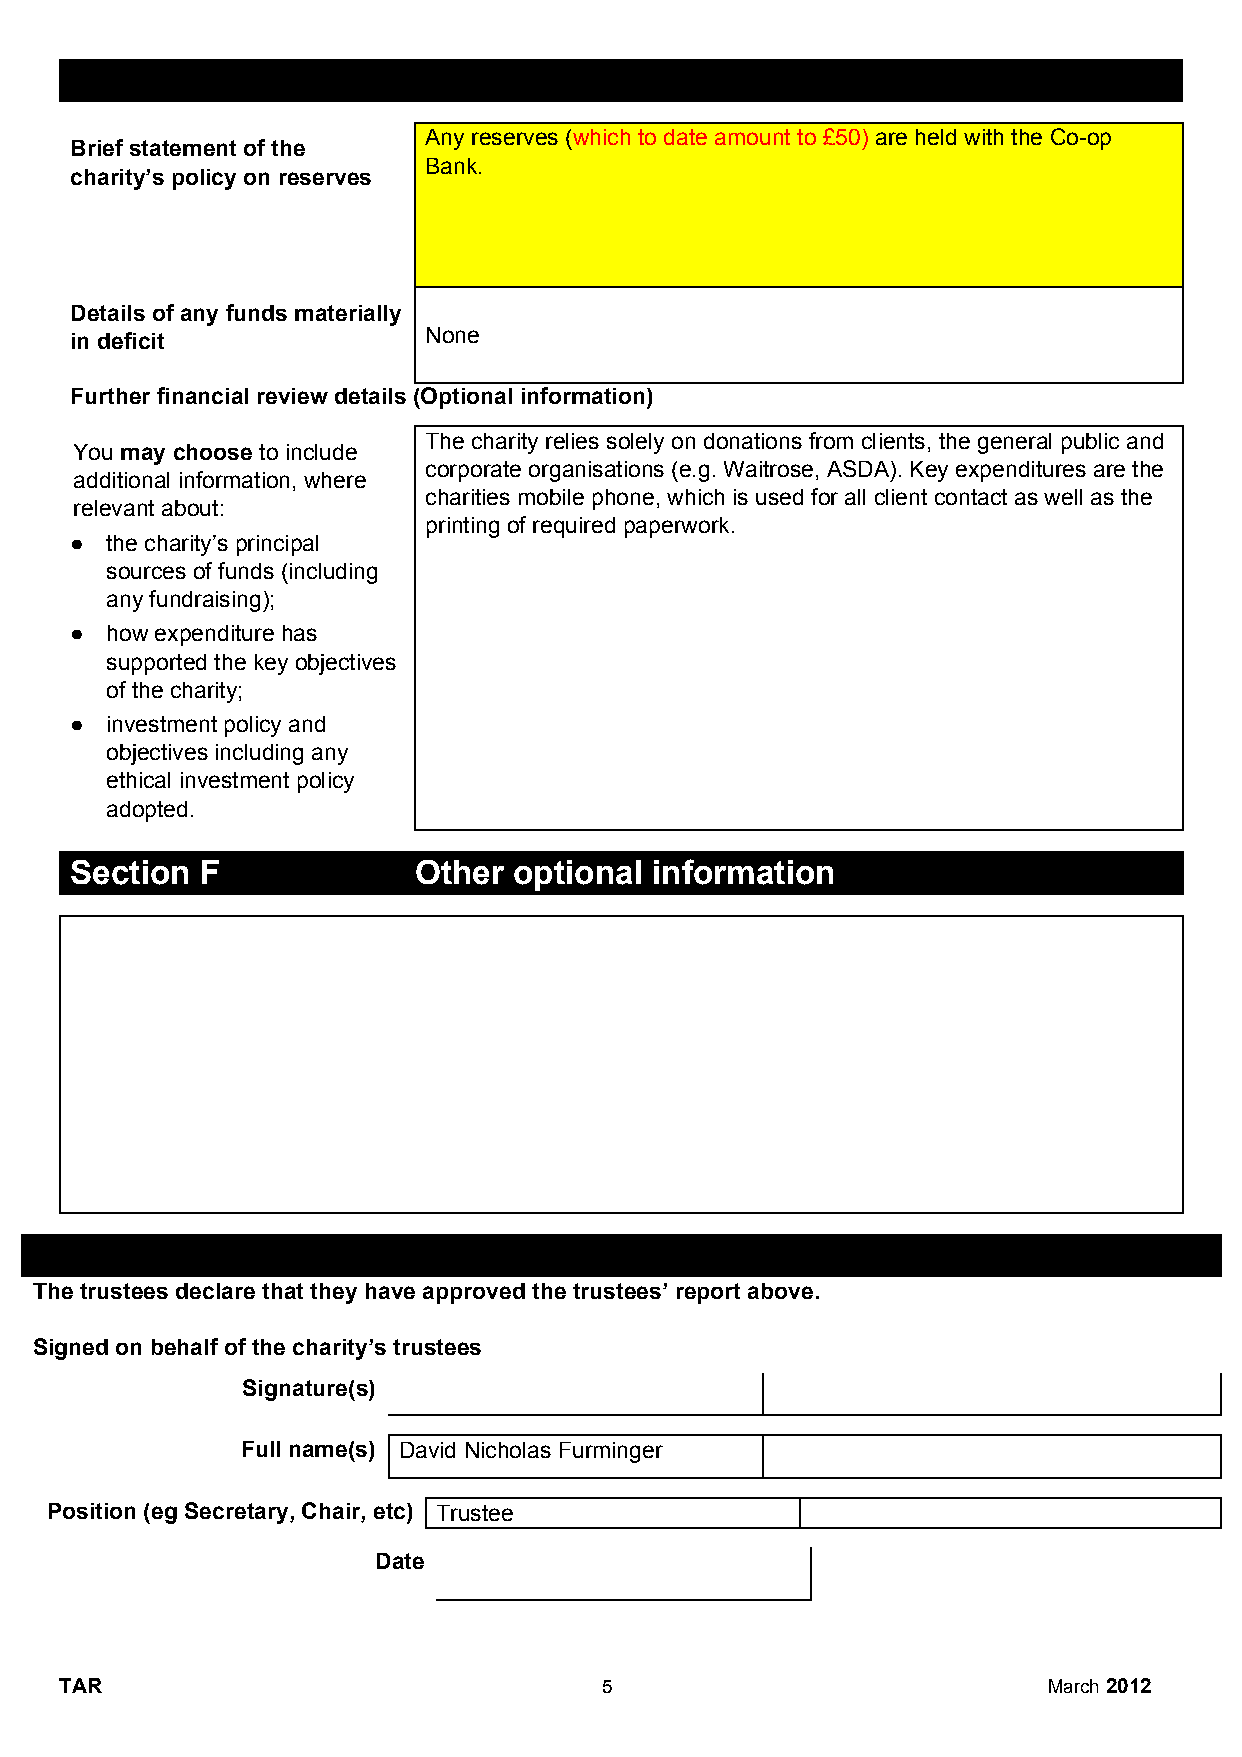
Section E             Financial review
 Any reserves (which to date amount to £50) are held with the Co-op
 Brief statement of the           ​                  ​
 Bank.
 charity’s policy on reserves
 Details of any funds materially
 None
 in deficit
 Further financial review details (Optional information)
 The charity relies solely on donations from clients, the general public and
 You may choose to include
 ​        ​          corporate organisations (e.g. Waitrose, ASDA). Key expenditures are the
 additional information, where
 charities mobile phone, which is used for all client contact as well as the
 relevant about:
 printing of required paperwork.
 ● the charity’s principal
 sources of funds (including
 any fundraising);
 ● how expenditure has
 supported the key objectives
 of the charity;
 ● investment policy and
 objectives including any
 ethical investment policy
 adopted.
 Section F             Other  optional information
 Section  G             Declaration
 The trustees declare that they have approved the trustees’ report above.
 Signed on behalf of the charity’s trustees
 ​​
 Signature(s)
 Full name(s) David Nicholas Furminger
 Position (eg Secretary, Chair, etc) Trustee
 Date
 TAR                                 5                            March 2012
 ​